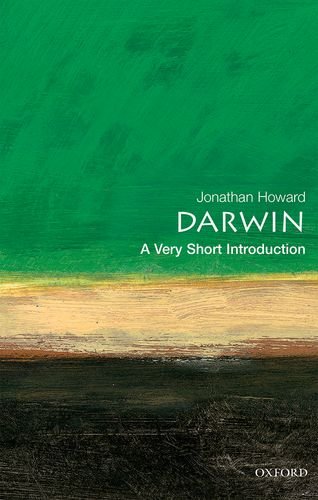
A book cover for Darwin: A Very Short Introduction; Jonathan Howard; Science & Math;